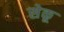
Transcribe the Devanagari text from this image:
सेकू